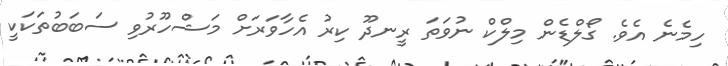
ހިމެނެ އެވެ. ގޯލްޑެން މިލްކް ނުވަތަ ރީނދޫ ކިރު އެހާވަރަށް މަޝްހޫރުވި ސަބަބުތަކަކީ